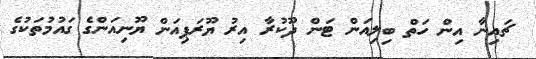
ޗައިނާ އިން ހަތް ބިލިއަން ޓަން ދޫކުރާ އިރު ޔޫރަޕިއަން ޔޫނިއަންގެ ގައުމުތަކުގެ